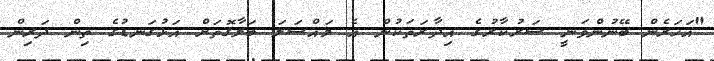
"އަހަރެން ބޭނުންވަނީ ސަރުކާރުގެ އިދާރަތަކުން އެ މައްސަލަ ބަލާގޮތަށް އަޅުގަނޑުގެ ތިން ދަރިން